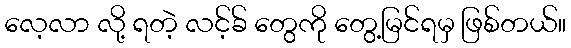
လေ့လာ လို့ ရတဲ့ လင့်ခ် တွေကို တွေ့မြင်ရမှ ဖြစ်တယ်။